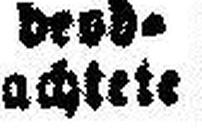
achtete